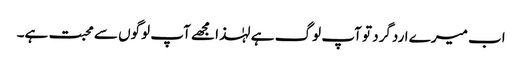
اب میرے اردگرد تو آپ لوگ ہے لہٰذا مجھے آپ لوگوں سے محبت ہے۔